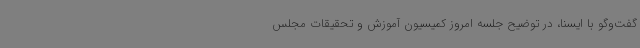
گفت‌وگو با ایسنا، در توضیح جلسه امروز کمیسیون آموزش و تحقیقات مجلس